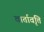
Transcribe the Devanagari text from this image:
वार्तावृत्ति